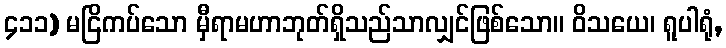
၄၁၁) မငြိကပ်သော မှီရာမဟာဘုတ်ရှိသည်သာလျှင်ဖြစ်သော။ ဝိသယေ၊ ရူပါရုံ,